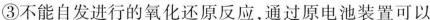
③不能自发进行的氧化还原反应，通过原电池装置可以